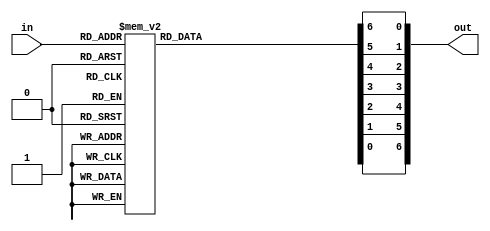
module HEXto7Segment(in, out);
	
	input [3:0] in;
	output reg [6:0] out;
	
	always @*
	begin
		out = 7'b0000000;
		
		case(in)
			4'h0:begin // Display 0
				out[6] = 1'b1;
				out[5] = 1'b0;
				out[4] = 1'b0;
				out[3] = 1'b0;
				out[2] = 1'b0;
				out[1] = 1'b0;
				out[0] = 1'b0;
			end
			4'h1:begin // Display 1
				out[6] = 1'b1;
				out[5] = 1'b1;
				out[4] = 1'b1;
				out[3] = 1'b1;
				out[2] = 1'b0;
				out[1] = 1'b0;
				out[0] = 1'b1;
			end
			4'h2:begin // Display 2
				out[6] = 1'b0;
				out[5] = 1'b1;
				out[4] = 1'b0;
				out[3] = 1'b0;
				out[2] = 1'b1;
				out[1] = 1'b0;
				out[0] = 1'b0;
			end
			4'h3:begin // Display 3
				out[6] = 1'b0;
				out[5] = 1'b1;
				out[4] = 1'b1;
				out[3] = 1'b0;
				out[2] = 1'b0;
				out[1] = 1'b0;
				out[0] = 1'b0;
			end
			4'h4:begin // Display 4
				out[6] = 1'b0;
				out[5] = 1'b0;
				out[4] = 1'b1;
				out[3] = 1'b1;
				out[2] = 1'b0;
				out[1] = 1'b0;
				out[0] = 1'b1;
			end
			4'h5:begin // Display 5
				out[6] = 1'b0;
				out[5] = 1'b0;
				out[4] = 1'b1;
				out[3] = 1'b0;
				out[2] = 1'b0;
				out[1] = 1'b1;
				out[0] = 1'b0;
			end
			4'h6:begin // Display 6
				out[6] = 1'b0;
				out[5] = 1'b0;
				out[4] = 1'b0;
				out[3] = 1'b0;
				out[2] = 1'b0;
				out[1] = 1'b1;
				out[0] = 1'b0;
			end
			4'h7:begin // Display 7
				out[6] = 1'b1;
				out[5] = 1'b1;
				out[4] = 1'b1;
				out[3] = 1'b1;
				out[2] = 1'b0;
				out[1] = 1'b0;
				out[0] = 1'b0;
			end
			4'h8:begin // Display 8
				out[6] = 1'b0;
				out[5] = 1'b0;
				out[4] = 1'b0;
				out[3] = 1'b0;
				out[2] = 1'b0;
				out[1] = 1'b0;
				out[0] = 1'b0;
			end
			4'h9:begin // Display 9
				out[6] = 1'b0;
				out[5] = 1'b0;
				out[4] = 1'b1;
				out[3] = 1'b1;
				out[2] = 1'b0;
				out[1] = 1'b0;
				out[0] = 1'b0;
			end
			4'hA:begin // Display A
				out[6] = 1'b0;
				out[5] = 1'b0;
				out[4] = 1'b0;
				out[3] = 1'b1;
				out[2] = 1'b0;
				out[1] = 1'b0;
				out[0] = 1'b0;
			end
			4'hB:begin // Display B
				out[6] = 1'b0;
				out[5] = 1'b0;
				out[4] = 1'b0;
				out[3] = 1'b0;
				out[2] = 1'b0;
				out[1] = 1'b1;
				out[0] = 1'b1;
			end
			4'hC:begin // Display C
				out[6] = 1'b1;
				out[5] = 1'b0;
				out[4] = 1'b0;
				out[3] = 1'b0;
				out[2] = 1'b1;
				out[1] = 1'b1;
				out[0] = 1'b0;
			end
			4'hD:begin // Display D
				out[6] = 1'b0;
				out[5] = 1'b1;
				out[4] = 1'b0;
				out[3] = 1'b0;
				out[2] = 1'b0;
				out[1] = 1'b0;
				out[0] = 1'b1;
			end
			4'hE:begin // Display E
				out[6] = 1'b0;
				out[5] = 1'b0;
				out[4] = 1'b0;
				out[3] = 1'b0;
				out[2] = 1'b1;
				out[1] = 1'b1;
				out[0] = 1'b0;
			end
			4'hF:begin // Display F
				out[6] = 1'b0;
				out[5] = 1'b0;
				out[4] = 1'b0;
				out[3] = 1'b1;
				out[2] = 1'b1;
				out[1] = 1'b1;
				out[0] = 1'b0;
			end
		endcase
	end
endmodule